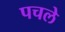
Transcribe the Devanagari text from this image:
पचले